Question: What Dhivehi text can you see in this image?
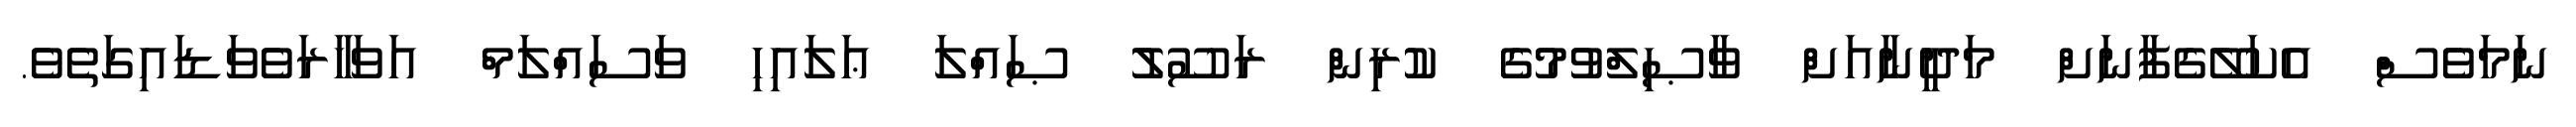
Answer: ނަމަވެސް އެކަލޭގެފާނަށް މަދީނާއަށް ވާޞިލްވުމުގެ ކުރިން ރަސޫލު ޞައްލަ ޢަލައިހި ވަސައްލަމް އަވަހާރަވެވަޑައިގަތެވެ.